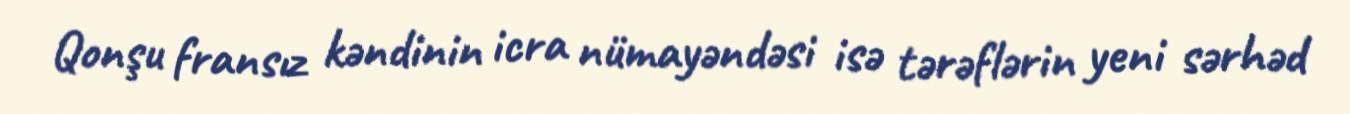
Qonşu fransız kəndinin icra nümayəndəsi isə tərəflərin yeni sərhəd